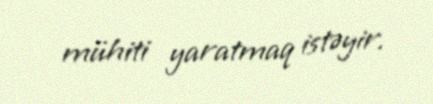
mühiti yaratmaq istəyir.